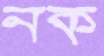
নক